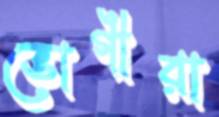
ভোগীরা